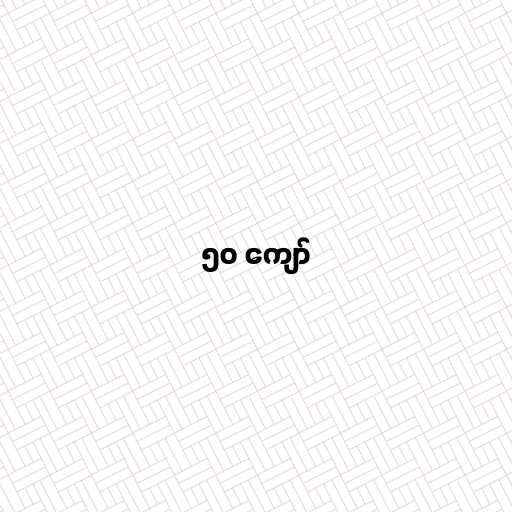
၅၀ ကျော်